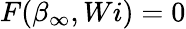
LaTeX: F(\beta_{\infty},Wi)=0